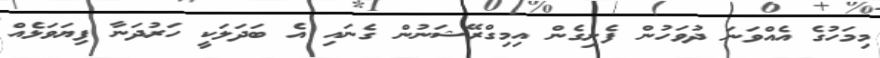
މިމަހުގެ އެއްވަނަ ދުވަހުން ފެށިގެން އިމިގްރޭޝަނުން ގެނައި އެ ބަދަލަކީ ހަރުދަނާ ފިޔަވަޅެއް